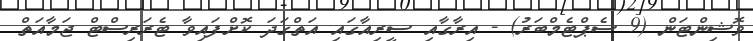
ވޮޝިންޓަން (9 ސެޕްޓެމްބަރު) - އިރާގާއި ސީރިއާގައި އަތްގަދަ ކޮށްފައިވާ ޓެރަރިސްޓް ޖަމާއަތް